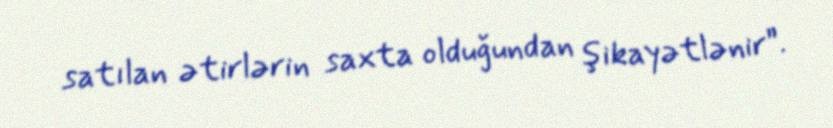
satılan ətirlərin saxta olduğundan şikayətlənir”.